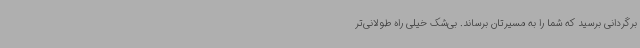
برگردانی برسید که شما را به مسیرتان برساند. بی‌شک خیلی راه طولانی‌تر